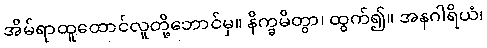
အိမ်ရာထူထောင်လူတို့ဘောင်မှ။ နိက္ခမိတွာ၊ ထွက်၍။ အနဂါရိယံ၊